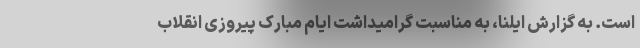
است. به گزارش ایلنا، به مناسبت گرامیداشت ایام مبارک پیروزی انقلاب